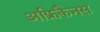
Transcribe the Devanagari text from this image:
अफ्रिकैनस